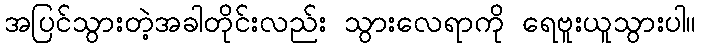
အပြင်သွားတဲ့အခါတိုင်းလည်း သွားလေရာကို ရေဗူးယူသွားပါ။